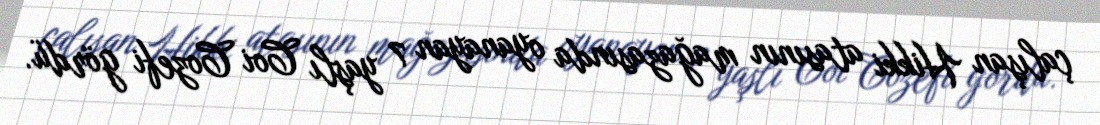
çalışan Hikki atasının mağazasında oyanayan 7 yaşlı Coi Cozefi gördü.